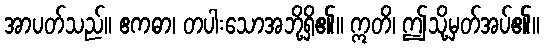
အာပတ်သည်။ ဧကဓာ၊ တပါးသောအဘို့ရှိ၏။ ဣတိ၊ ဤသို့မှတ်အပ်၏။